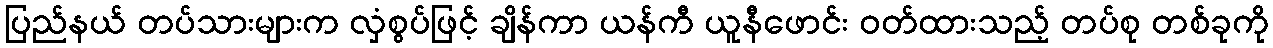
ပြည်နယ် တပ်သားများက လှံစွပ်ဖြင့် ချိန်ကာ ယန်ကီ ယူနီဖောင်း ဝတ်ထားသည့် တပ်စု တစ်ခုကို